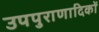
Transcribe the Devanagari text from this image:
उपपुराणादिकों